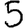
Digit: 5